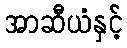
အာဆီယံနှင့်